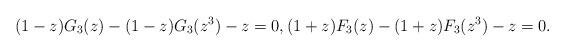
LaTeX: \begin{align*}(1-z)G_{3}(z)-(1-z)G_{3}(z^{3})-z=0,(1+z)F_{3}(z)-(1+z)F_{3}(z^{3})-z=0. \end{align*}